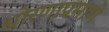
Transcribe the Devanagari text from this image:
धोरणाप्रमाणे